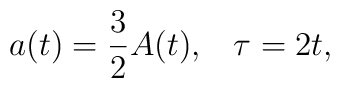
a(t) = \frac{3}{2}  A(t), \; \; \;\tau = 2 t,